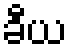
ခီယ